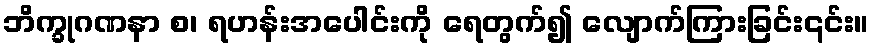
ဘိက္ခုဂဏနာ စ၊ ရဟန်းအပေါင်းကို ရေတွက်၍ လျောက်ကြားခြင်း၎င်း။